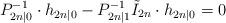
LaTeX: \begin{align*}P_{2n|0}^{-1}\cdot h_{2n|0} - P_{2n|1}^{-1}\tilde{I}_{2n}\cdot h_{2n|0} = 0\end{align*}